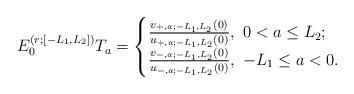
LaTeX: \begin{align*}E_0^{(r;[-L_1,L_2])}T_a=\begin{cases}\frac{v_{+,a;-L_1,L_2}(0)}{u_{+,a;-L_1,L_2}(0)}, \ 0<a\le L_2;\\\frac{v_{-,a;-L_1,L_2}(0)}{u_{-,a;-L_1,L_2}(0)}, \ -L_1\le a<0.\end{cases}\end{align*}